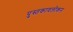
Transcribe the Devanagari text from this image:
पुस्तकावलोकन